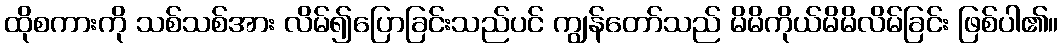
ထိုစကားကို သစ်သစ်အား လိမ်၍ပြောခြင်းသည်ပင် ကျွန်တော်သည် မိမိကိုယ်မိမိလိမ်ခြင်း ဖြစ်ပါ၏။